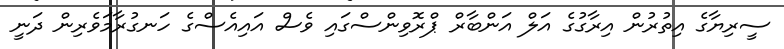
ސީރިޔާގެ އިތުރުން އިރާގުގެ އަލް އަންބާރް ޕްރޮވިންސްގައި ވެސް އައިއެސްގެ ހަނގުރާމަވެރިން ދަނީ